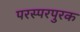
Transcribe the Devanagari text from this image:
परस्परपुरक